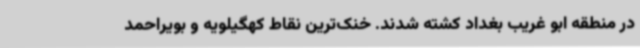
در منطقه ابو غریب بغداد کشته شدند. خنک‌ترین نقاط کهگیلویه و بویراحمد